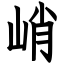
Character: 峭